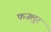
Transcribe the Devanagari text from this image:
फजलुर